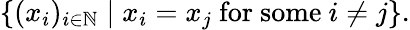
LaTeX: \{ (x_{i})_{i\in\mathbb{N}}\mid x_{i}=x_{j}{\mathrm{~for~some~}}i\neq j\} .